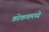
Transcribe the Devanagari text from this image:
कोकणमध्ये